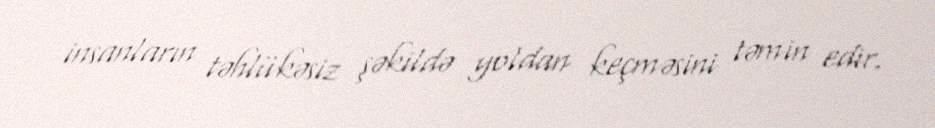
insanların təhlükəsiz şəkildə yoldan keçməsini təmin edir.